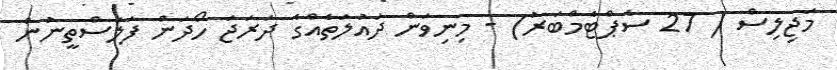
މަޖިލިސް ( 27 ސެޕްޓެމްބަރު) - މިނިވަން ދައުލަތެއްގެ ދަރަޖަ ހޯދަން ފަލަސްތީނުން